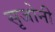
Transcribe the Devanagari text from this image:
सृजोनी